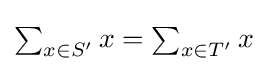
{\textstyle \sum _{x\in S'}x=\sum _{x\in T'}x}